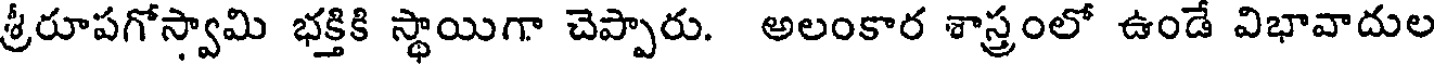
శ్రీరూపగోస్వామి భక్తికి స్థాయిగా చెప్పారు. అలంకార శాస్త్రంలో ఉండే విభావాదుల